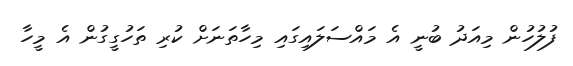
ފުލުހުން މިއަދު ބުނީ އެ މައްސަލައިގައި މިހާތަނަށް ކުރި ތަހުގީގުން އެ މީހާ